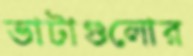
ভাটাগুলোর